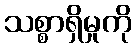
သစ္စာရှိမှုကို